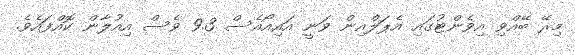
މިރޭ ބޭއްވި އިވެންޓުގައި އެޕަލްއިން ވަނީ އައިއޯއެސް 9.3 ވެސް އިއުލާން ކޮއްފައެވެ.